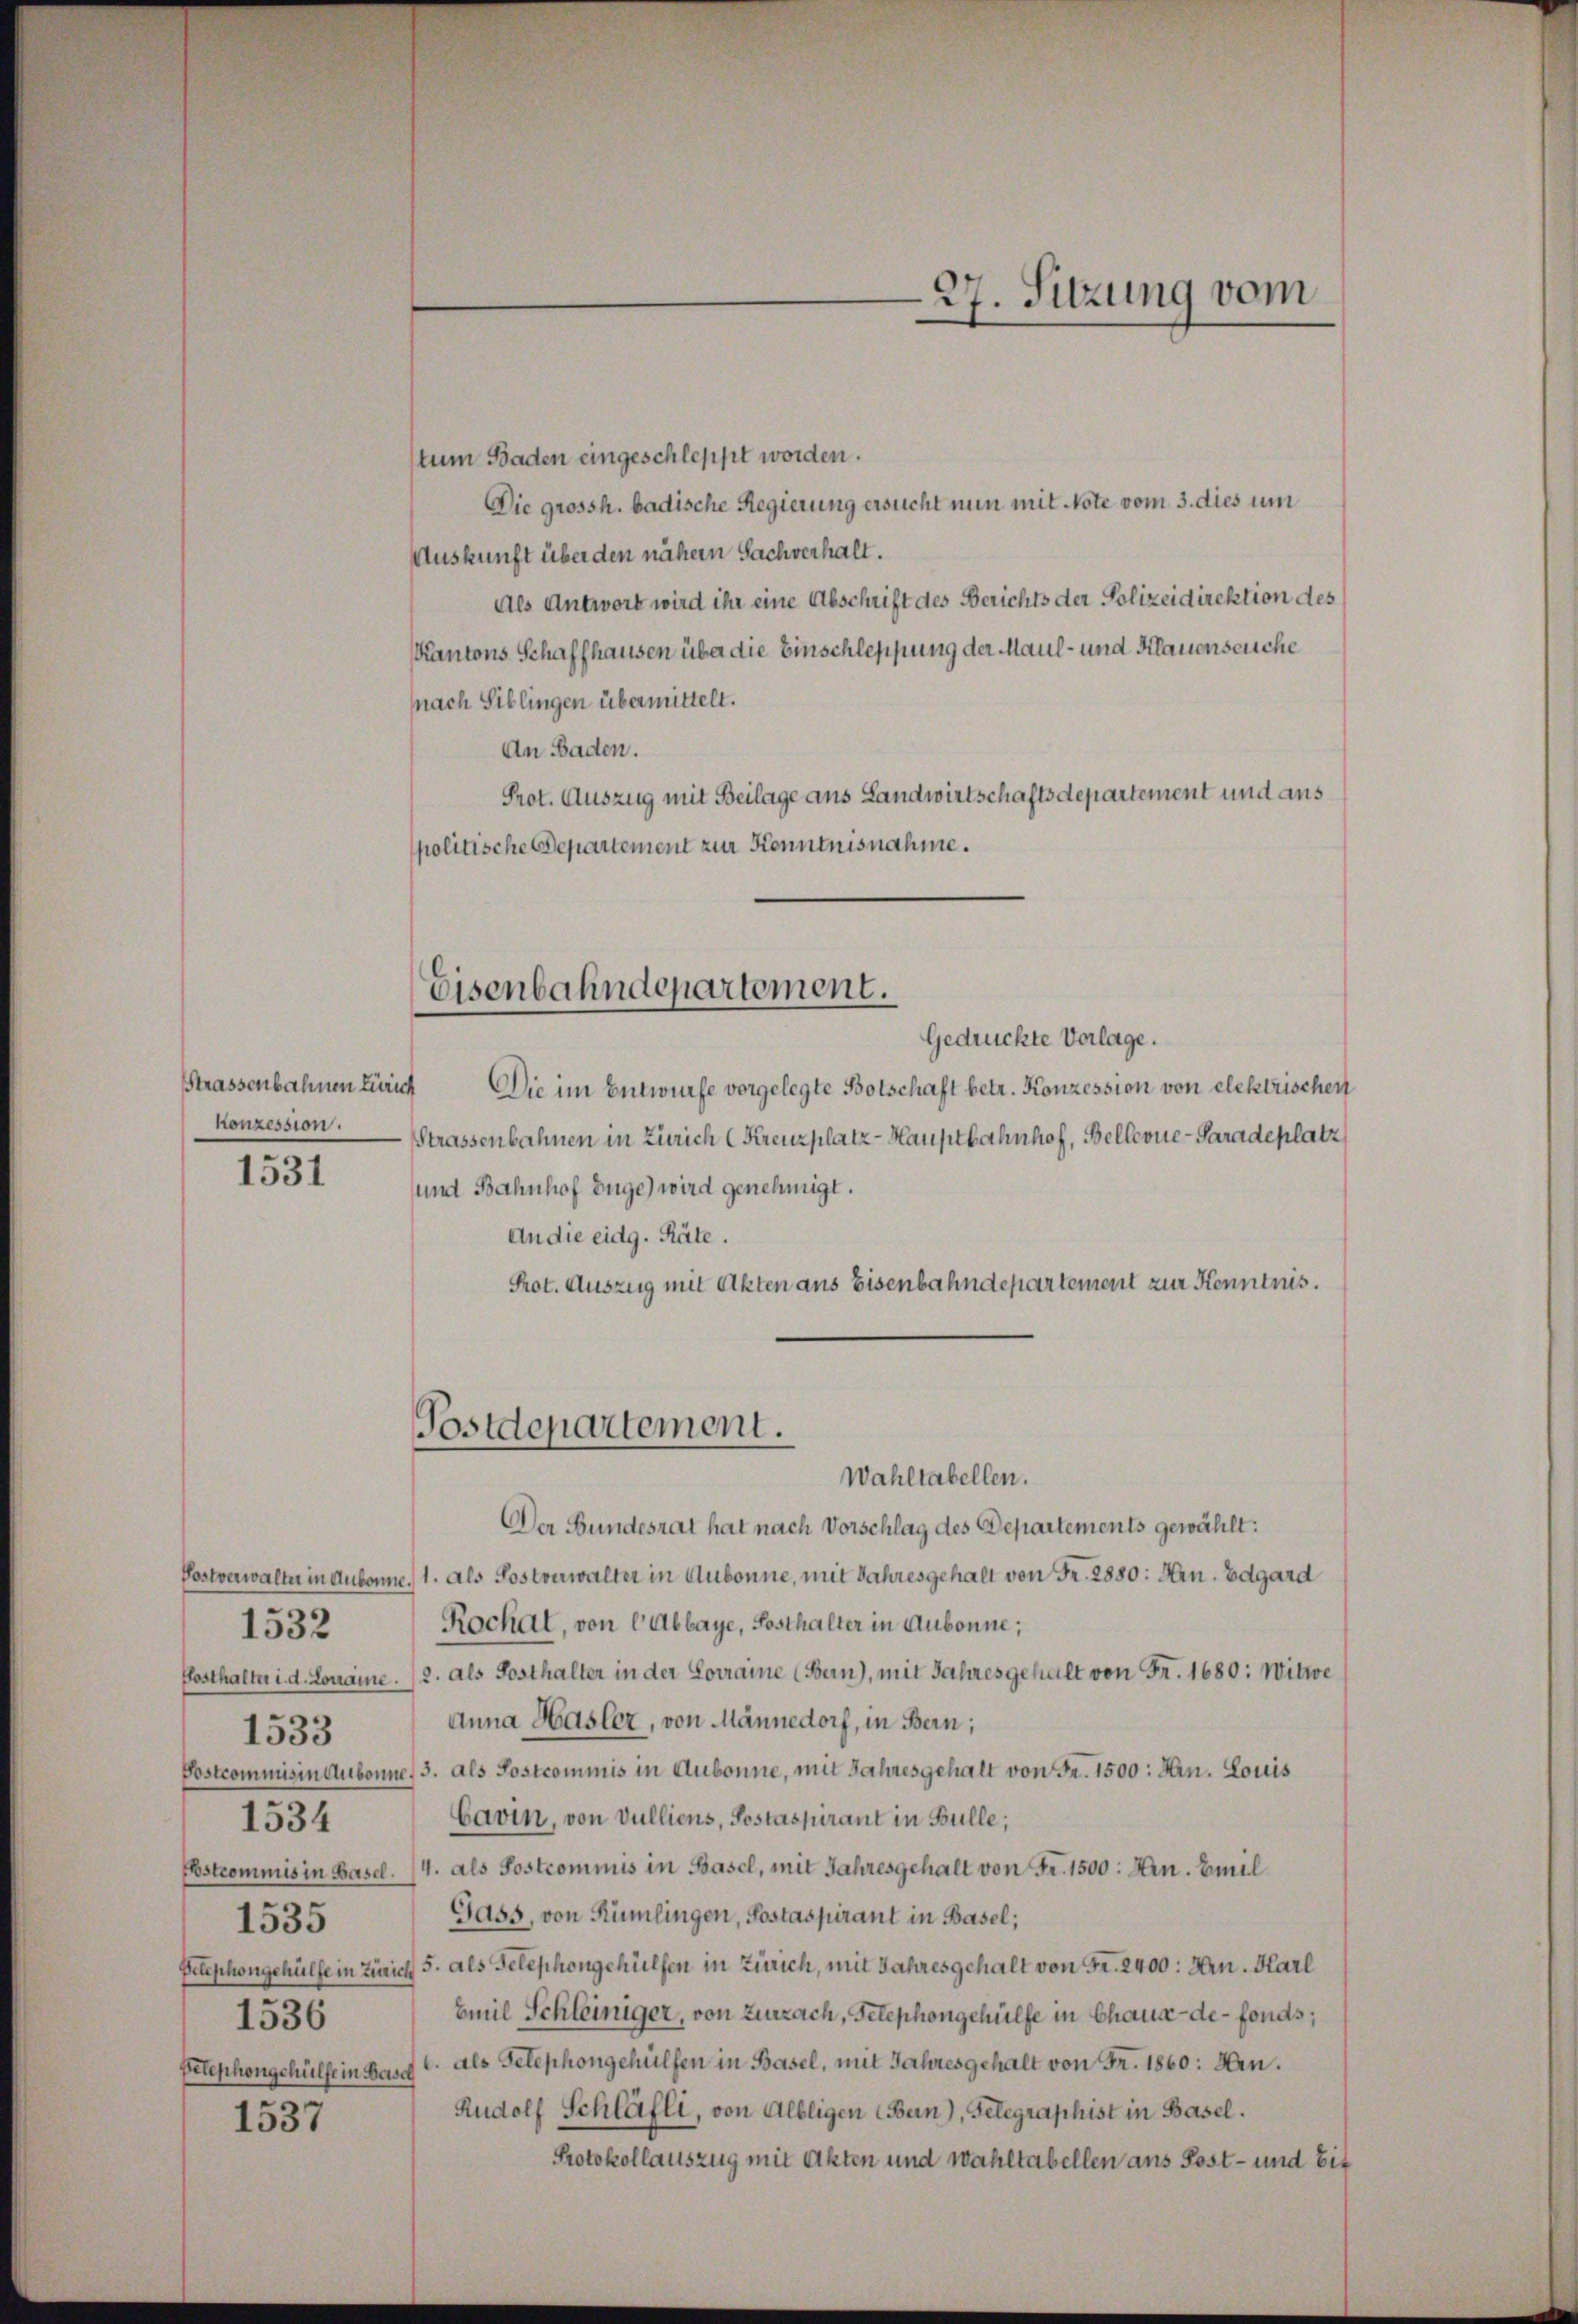
Strassenbahnen Zürich
konzession.

1531

1532
1533
1535
1536
Telephongehülfe in Basch

1534

1537

Eisenbahndepartement.

Postdepartement.
Wahltabellen.

27. Sitzung vom
—

tum Baden eingeschleppt worden.
Die grossh. badische Regierung ersucht nun mit Note vom 3. dies um
Auskunft über den nähern Sachverhalt.
Als Antwort wird ihr eine Abschrift des Berichts der Polizeidirektion des
Kantons Schaffhausen über die Einschleppung der Maul- und Klauenseuche
nach Siblingen übermittelt.
An Baden.
Prot. Auszug mit Beilage aus Landwirtschaftsdepartement und aus
politische Departement zur Kenntnisnahme.

Gedrückte Vorlage.
Die im Entwurfe vorgelegte Botschaft betr. Konzession von elektrischen
Strassenbahnen in Zürich (Krenzplatz-Hauptbahnhof, Bellevue-Paradeplatz
und Bahnhof Enge) wird genehmigt.
An die eidg. Räte.
Prot. Auszug mit Akten aus Eisenbahndepartement zur Kenntnis.
Der Bundesrat hat nach Vorschlag des Departements gewählt:
Postverwalter in Aubonne, 1. als Sostverwalter in Aubonne, mit Jahresgehalt von Fr. 2880: Hrn. Edgard
Rochat, von l’Abbaye, Posthalter in Aubonne;
Posthalter i. d. Lorraine. 2. als Posthalter in der Lorraine (Bern), mit Jahres gehalt von Fr. 1680: Witwe
Anna Hasler, von Männedorf, in Bern;
Postcommisin Aubonne, 3. als Postcommis in Aubonne, mit Jahresgehalt von Fr. 1500: Hrn. Louis
Cavin, von Vulliens, Postaspirant in Bulle;
Ebstcommis in Basel. (4. als Postcommis in Basel, mit Jahresgehalt von Fr. 1500. Hrn. Emil
Gass, von Rümlingen, Postaspirant in Basel;
Pelephongehülfe in Zürich 5. als Telephongehülfen in Zürich, mit Jahresgehalt von Fr. 2400: Hrn. Karl
Emil Schleiniger, von Zurzach, Telephongehülfe in Chaux-de-Fonds;
als Telephongehülfen in Basel, mit Jahresgehalt von Fr. 1860: Hrn.
Rudolf Schläfli, von Albligen (Bern), Gelegraphist in Basel.
Protokollauszug mit Akten und Wahltabellen aus Post- und bit